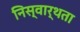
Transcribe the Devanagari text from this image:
निस्वार्थता